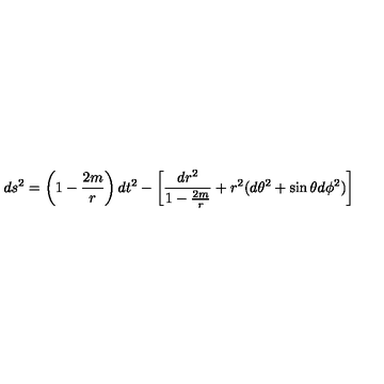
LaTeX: d s ^ { 2 } = \left( 1 - \frac { 2 m } { r } \right) d t ^ { 2 } - \left[ \frac { d r ^ { 2 } } { 1 - \frac { 2 m } { r } } + r ^ { 2 } ( d \theta ^ { 2 } + \sin { \theta } d \phi ^ { 2 } ) \right]